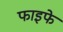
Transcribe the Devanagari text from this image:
फाइफे